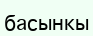
басынкы